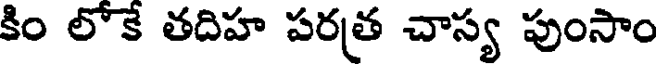
కిం లోకే తదిహ పరత్ర చాస్య పుంసాం